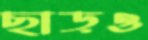
ছাড়ও